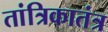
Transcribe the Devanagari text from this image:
तांत्रिकातंत्र